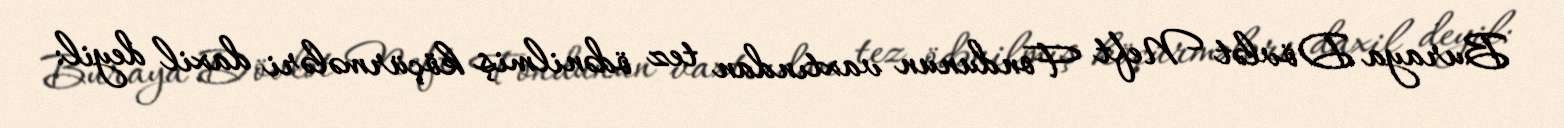
Buraya Dövlət Neft Fondunun vaxtından tez ödənilmiş köçürmələri daxil deyil: